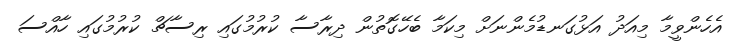
އެހެންވީމާ މިއަދު އަޅުގަނޑުމެންނަށް މިކަމާ ބެހޭގޮތުން ދިރާސާ ކުރުމުގައި ރިސާޗް ކުރުމުގައި ހާއްސަ